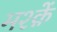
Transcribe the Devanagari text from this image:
मश्क़ें